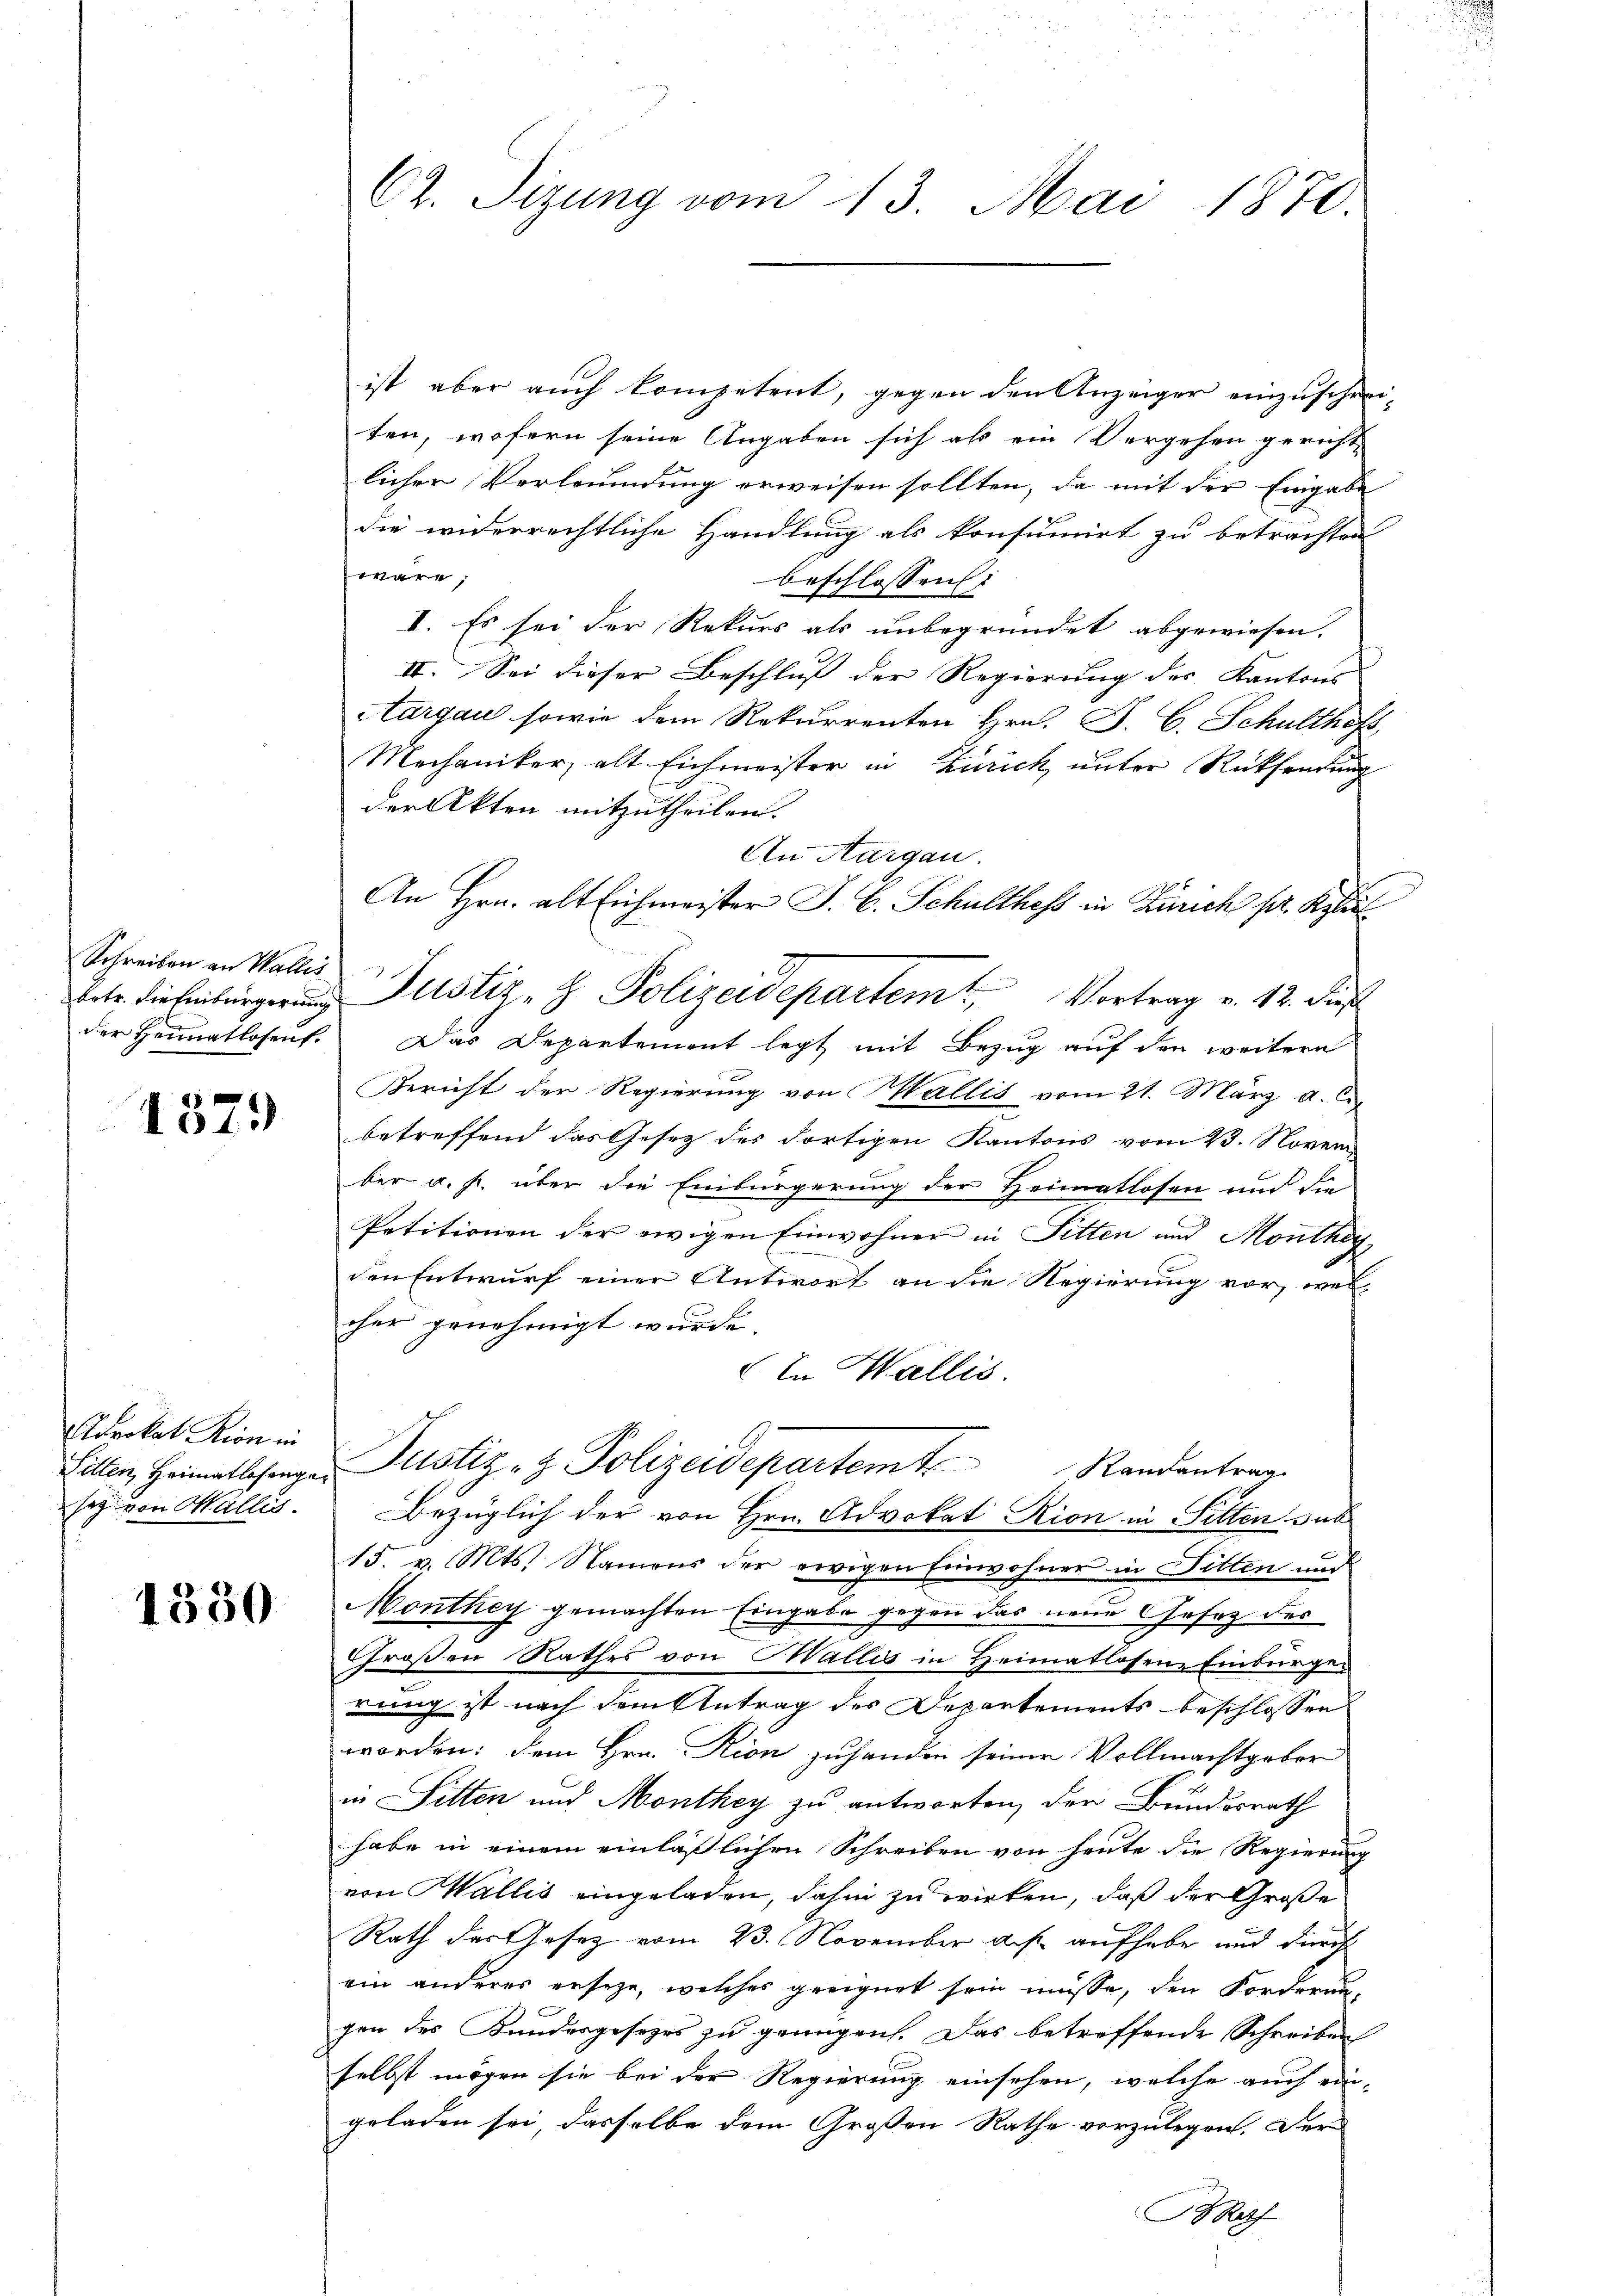
Schreiben an Wallis

1379

Adrokat Pion in
sey von Wallis.

1330

C2. Sizung vom 13. Mai 1870.

ist aber auch kompetent, gegen den Anzeiger einzuschreiten, wofern seine Angaben sich als ein Vergehen gerichte
licher Verleumdung erweisen sollten, da mit der Eingabe
die widerrechtliche Handlung als konsumirt zu betrachten
wäre;
beschlossen:
I. Es sei der Rekurs als unbegründet abgewiesen.
II. Sei dieser Beschluss der Regierung des Kantons
Aargau sowie dem Rekurrenten Hrn. J. C. Schulthoft,
Mechaniker, alt Eichmeister in Zürich, unter Rücksendung
der Akten mitzutheilen.
An Aargau.
An Hrn. alt Eichmeister J. C. Schulthess in Zürich pr. Kell
der Heimatlosent. Das Departement legt mit Bezug auf den weitere
Bericht der Regierung von Wallis vom 21. März d. J.
betreffend das Gesetz des Fortigen Kantons vom 23. Novem
ber a.h. über die Einbürgerung der Heimatlosen und die
Petitionen der ewigen Einwohner in Sitten und Monthey
den Entwurf einer Antwort an die Regierung vor, welcher genehmigt wurde.
In Wallis.
Sitten Heimatscharger Justiz- & Polizeidepartem Randantrag
Bezüglich der von Hrn. Advokat Rion in Sitten sub
15. v. Mts. Namens der ewigen Einwohner in Filten und
Monthey gemachten Eingabe gegen das neue Gesetz des
Großen Rathes von Wallis in Heimatlosene Einburger
rung ist nach dem Antrag des Departements beschlossen
worden: dem Hrn. Rion zuhanden seiner Vollmachtgeber
in Sitten und Monthey zu antworten, der Bundesrath
habe in einem einläßlichen Schreiben von heute die Regierung
von Wallis eingeladen, dahin zu wirken, daß der Große
Rath das Gesetz vom 23. November des aufhabe und durch
ein anderes erseze, welches geeignet sein müsse, den Forderung,
gen des Kandesgesezes zu genügen. Das betreffende Schreiben
selbst mögen sie bei der Regierung einsehen, welche auch ein-
geladen sei, dasselbe dem Großen Rathe vorzulegen. Der
BRath

etr. diesenbürgerung Justiz- & Polizeidepartem Vortrag v. 12. dies